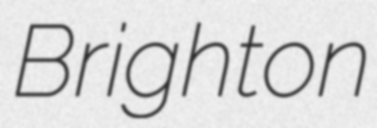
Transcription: Brighton